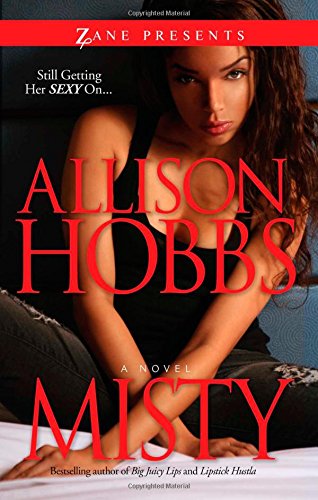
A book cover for Misty: Double Dippin' 5; Allison Hobbs; Romance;